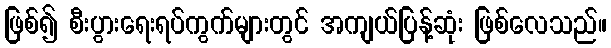
ဖြစ်၍ စီးပွားရေးရပ်ကွက်များတွင် အကျယ်ပြန့်ဆုံး ဖြစ်လေသည်။